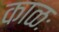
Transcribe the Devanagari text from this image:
काळः